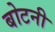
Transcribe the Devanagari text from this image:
बोटनी